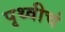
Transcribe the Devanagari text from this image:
पृथ्वीचं